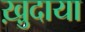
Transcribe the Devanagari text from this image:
ख़ु़दाया